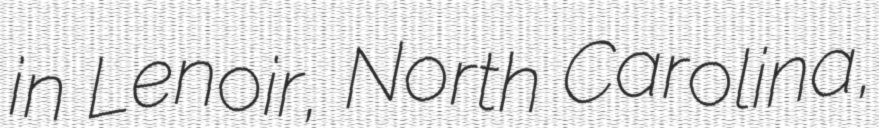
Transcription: in Lenoir, North Carolina,